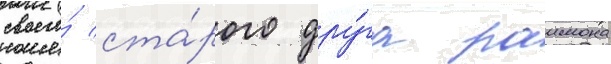
своего́ ста́рого дру́га раимона